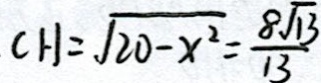
C H = \sqrt { 2 0 - x ^ { 2 } } = \frac { 8 \sqrt { 1 3 } } { 1 3 }